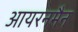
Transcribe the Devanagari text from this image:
आयरनमैन